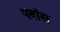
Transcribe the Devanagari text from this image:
पवांस